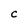
Character: C